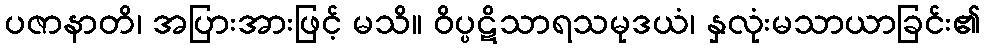
ပဇာနာတိ၊ အပြားအားဖြင့် မသိ။ ဝိပ္ပဋိသာရသမုဒယံ၊ နှလုံးမသာယာခြင်း၏